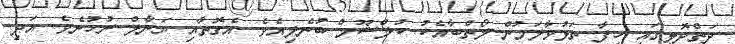
ދަތްދޮޅީގައި ހިފާ ތަޅުވާލަމުން ލޯތްބާއެކު ކުލްޝޫމް ބުނެލިއެވެ. އެގޮތާއި ޔަނާލް ރުހުނެވެ. އަދި